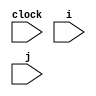
// VIS testbench for a sequential floating point multiplier.
// The purpose of this testbench is exclusively to latch the inputs, so
// that CTL properties may refer to them.
//
//
module fvFPMult(clock,i,j);
    parameter		  MBITS = 3;	// size of significand minus hidden bit
    parameter		  EBITS = 4;	// size of exponent
    input		  clock;	// global clock
    input [MBITS+EBITS:0] i;		// multiplicand
    input [MBITS+EBITS:0] j;		// multiplier
    reg   [MBITS+EBITS:0] x;		// multiplicand
    reg   [MBITS+EBITS:0] y;		// multiplier
    wire  [MBITS+EBITS:0] z;		// output register
    reg			  start;	// starts multiplier

    IEEEfpMult #(MBITS,EBITS) FPM (clock,start,x,y,z);

    always @ (posedge clock) begin
	x = i;
	y = j;
    end // always @ (posedge clock)

endmodule // fvFPMult

// Floating point multiplier.
// Not exactly IEEE 754-compliant, but largely inspired to the standard.
//
// The significand uses the hidden bit and is between 1 (included) and 2
// (excluded).
// The exponent uses the excess (2**(n-1) - 1) representation. For single
// precision, this is excess 127.
// The smallest exponent (0) is used for the represenation of 0. Denormals
// are not supported.
// The largest exponent is used for infinities and NaNs. Infinities use
// the smallest possible significand (all zeroes). Everything else is deemed
// a NaN. No distinction is made between signalling and non-signalling NaNs.
// When the multiplier generates a NaN, it uses the all-one significand.
// One multiplication takes three clock cycles and it is not pipelined.
//
//
module IEEEfpMult(clock,start,x,y,z);
    parameter		   MBITS = 3; // size of significand minus hidden bit
    parameter		   EBITS = 4; // size of exponent
    input		   clock;
    input		   start;
    input [MBITS+EBITS:0]  x, y;
    output [MBITS+EBITS:0] z;

    reg [MBITS+EBITS:0]	   z;
    reg			   xSign;	// unpacked x with hidden bit exposed
    reg [EBITS-1:0]	   xExp;
    reg [MBITS:0]	   xMant;
    reg			   ySign;	// unpacked y with hidden bit exposed
    reg [EBITS-1:0]	   yExp;
    reg [MBITS:0]	   yMant;
    reg [1:0]		   state;	// idle, computing, postprocessing
    reg			   signProd;	// components of the product
    reg [EBITS+1:0]	   expProd;	// before rounding and normalization
    reg [2*MBITS+1:0]	   mantProd;
    wire		   msb;
    wire		   lsb;
    wire		   guard;
    wire		   round;
    wire		   sticky;
    wire [MBITS+1:0]	   preMant;
    wire [EBITS+1:0]	   scaledExp;
    wire [MBITS-1:0]	   scaledMant;
    wire [2*MBITS+1:0]	   combZ;

    intMult im(xMant, yMant, combZ);

    function NaN;
	input [EBITS-1:0] aExp;
	input [MBITS-1:0] aMant;
    begin: isNaN
	if (aExp == {EBITS{1'b1}} && aMant != 0)
	    NaN = 1;
	else
	    NaN = 0;
    end // block: isNaN
    endfunction // NaN

    function Zero;
	input [EBITS-1:0] aExp;
	input [MBITS-1:0] aMant;
    begin: isZero
	if (aExp == 0 && aMant == 0)
	    Zero = 1;
	else
	    Zero = 0;
    end // block: isZero
    endfunction // Zero

    function Infinity;
	input [EBITS-1:0] aExp;
	input [MBITS-1:0] aMant;
    begin: isInfinity
	if (aExp == {EBITS{1'b1}} && aMant == 0)
	    Infinity = 1;
	else
	    Infinity = 0;
    end // block: isInfinity
    endfunction // Infinity

    parameter
	idle = 2'd0,
	computing = 2'd1,
	postprocessing = 2'd2;

    initial begin
	xSign    = 0;
	xExp     = 0;
	xMant    = 0;
	ySign    = 0;
	yExp     = 0;
	yMant    = 0;
	signProd = 0;
	expProd  = 0;
	mantProd = 0;
	z        = 0;
	state    = idle;
    end

    always @ (posedge clock) begin
	case (state)
	  idle:
	      begin
		  if (start) begin	// unpack operands
		      xSign = x[MBITS+EBITS];
		      xExp  = x[MBITS+EBITS-1:MBITS];
		      xMant = {1'b1,x[MBITS-1:0]};
		      ySign = y[MBITS+EBITS];
		      yExp  = y[MBITS+EBITS-1:MBITS];
		      yMant = {1'b1,y[MBITS-1:0]};
		      state = computing;
		  end // if (start)
	      end // case: idle
	  computing:
	      begin
		  mantProd = combZ;
		  if (Zero(xExp,xMant) || Zero(yExp,yMant))
		      expProd = 0;
		  else
		      expProd  = xExp + yExp - {EBITS-1{1'b1}};
		  signProd = xSign ^ ySign;
		  state = postprocessing;
	      end // case: computing
	  postprocessing:
	      begin
		  if (NaN(xExp,xMant) || NaN(yExp,yMant) ||
		      Infinity(xExp,xMant) && Zero(yExp,yMant) ||
		      Zero(xExp,xMant) && Infinity(yExp,yMant))
		      z = {1'b0,{EBITS{1'b1}},{MBITS{1'b1}}}; // NaN
		  else if (Infinity(xExp,xMant) || Infinity(yExp,yMant))
		      z = {signProd,{EBITS{1'b1}},{MBITS{1'b0}}}; // +/- Infinity
		  else
		      // check for underflow and overflow
		      if (scaledExp[EBITS+1] || scaledExp == 0)
			  z = {signProd,{MBITS+EBITS{1'b0}}}; // signed zero
		      else if (scaledExp >= {EBITS{1'b1}}) // overflow
			  z = {signProd,{EBITS{1'b1}},{MBITS{1'b0}}}; // +/- Infinity
		      else
			  z = {signProd,scaledExp[EBITS-1:0],scaledMant};
		  state = idle;
	      end // case: postprocessing
	endcase // case (state)
    end // always @ (posedge clock)

    // Combinational logic for rounding and normalization
    assign msb    = mantProd[2*MBITS+1];	// MSB of the product
    assign lsb    = mantProd[MBITS+1];		// LSB of the result
    assign guard  = mantProd[MBITS];		// guard bit
    assign round  = mantProd[MBITS-1];		// round bit
    assign sticky = | mantProd[MBITS-2:0];	// sticky bit
    // round to nearest even
    assign preMant = msb ?
	mantProd[2*MBITS+1:MBITS] +
	    {{MBITS{1'b0}}, guard & (round | sticky | lsb), 1'b0}
	    :
	    mantProd[2*MBITS+1:MBITS] +
		{{MBITS+1{1'b0}}, round & (sticky | guard)};
    // normalize
    assign scaledExp = preMant[MBITS+1] ?
	expProd + 1 :
	    expProd;
    assign scaledMant = preMant[MBITS+1] ?
	preMant[MBITS:1] :
	    preMant[MBITS-1:0];

endmodule // IEEEfpMult

module intMult(x,y,z);
    input  [3:0] x, y;
    output [7:0] z;

    wire [3:0] int0;
    wire [5:0] int1;
    wire [6:0] int2;
    wire [7:0] int3;

    assign int0 = {4{y[0]}} & x;
    assign int1 = int0 + {{4{y[1]}} & x, {1{1'b0}}};
    assign int2 = int1 + {{4{y[2]}} & x, {2{1'b0}}};
    assign int3 = int2 + {{4{y[3]}} & x, {3{1'b0}}};

    assign z = int3;

endmodule // intMult